Annual statistical returns and brief notes on vaccination in Bengal - 1887-1898
Year: 1887
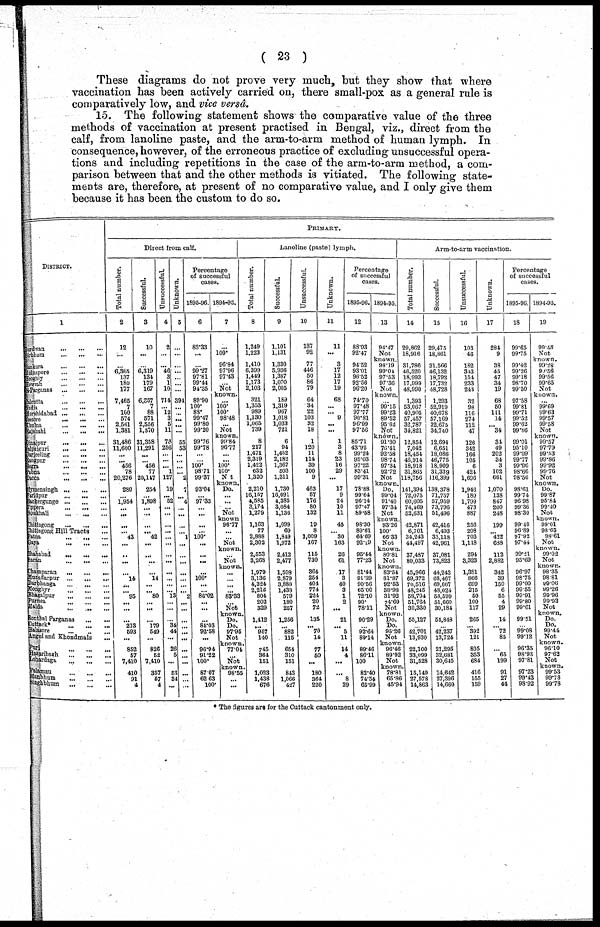
( 23 )
These diagrams do not prove very much, but they show that where
vaccination has been actively carried on, there small-pox as a general rule is
comparatively low, and vice versâ.
15. The following statement shows the comparative value of the three
methods of vaccination at present practised in Bengal, viz., direct from the
calf, from lanoline paste, and the arm-to-arm method of human lymph. In
consequence, however, of the erroneous practice of excluding unsuccessful opera-
tions and including repetitions in the case of the arm-to-arm method, a com-
parison between that and the other methods is vitiated. The following state-
ments are, therefore, at present of no comparative value, and I only give them
because it has been the custom to do so.
DISTRICT.
1
Berdwan
...
...
...
Birbhum
...
...
...
Bankura
...
...
...
Midnapore
...
...
...
Hooghly
...
...
...
Howrah
...
...
...
24-Parganas
...
...
...
Calcutta
...
...
...
Nadia
...
...
...
Murshidabad
...
...
...
Jessore ... ... ...
Khulna
...
...
...
Rajshahi
...
...
...
Dinajpur
...
...
...
Jalpaiguri ... ... ...
Darjeeling
...
...
...
Rangpur
...
...
...
Bogra
...
...
...
Pabna
...
...
...
Dacca
...
...
...
Mymensingh
...
...
...
Faridpur
...
...
...
Backergunge
...
...
...
Tippera
...
...
...
Noakhali
...
...
...
Chittagong
...
...
...
Chittagong Hill Tracts ...
Patna
...
...
...
Gaya
...
...
...
Shahabad
...
...
...
Saran
...
...
...
Champaran
...
...
...
Muzaffarpur
...
...
...
Darbhanga
...
...
...
Monghyr
...
...
...
Bhagalpur
...
...
...
Purnea
...
...
...
Malda
...
...
...
Sonthal Parganas
...
...
Cuttack*
...
...
...
Balasore
...
...
...
Angul and Khondmals ...
Puri ... ... ...
Hazaribagh
...
...
...
Lohardaga
...
...
...
Palamau ... ... ...
Manbhum ... ... ...
Singhbhum
...
...
...
PRIMARY.
Direct from calf.
Total number.
2
12
...
...
6,365
137
180
177
7,465
7
100
574
2,561
1,381
31,486
11,600
...
... 456
78
20,276
280
...
1,954
...
...
...
... 43
...
...
...
...
14
...
...
95
...
...
...
213
593
...
852
57
7,410
410
91
4
Successful.
3
10
...
...
6,319
134
179
167
6,357
7
88
571
2,556
1,370
31,358
11,291
...
... 456
77
20,147
254
...
1,898
...
...
...
...
42
...
...
...
...
14
...
...
80
...
...
...
179
549
...
826
52
7,410
857
57
4
Unsuccessful.
4
2
...
...
46
3
1
10
714
...
12
3
5
11
78
256
...
...
... 1
127
19
... 52
...
...
...
...
...
...
...
...
...
...
...
... 13
...
...
... 34
44
...
26
5
...
53
34
...
Unknown.
5
...
...
...
...
...
...
...
391
...
...
...
...
...
55
53
...
...
... ...
2
7
...
4
...
...
...
...
1
...
...
...
...
...
...
... 2
...
...
...
...
...
...
...
...
...
...
...
...
Percentage
of successful
cases.
1895-96.
6
83.33
...
...
99.27
97.81
99.44
94.35
89.90
100.
88.
99.47
99.80
99.20
99.76
99.78
...
...
100.
98.71
99.37
93.04
...
97.33
...
...
...
...
100.
...
...
...
...
100.
...
...
86.02
...
...
...
84.03
92.58
...
96.94
91.22
100.
87.07
62.63
100.
1894-95.
7
...
100.
96.84
97.96
97.43
...
Not
known.
...
100.
100.
98.48
...
Not
known.
99.84
96.77
...
...
100.
100.
Not
known. Do.
...
...
...
Not
known
96.77
...
...
Not
known.
...
Not
known.
...
...
...
...
83.33
...
Not
known.
Do.
Do.
97.95
Not
known.
77.04
...
Not
known.
98.55
...
...
Lanoline (paste) lymph.
Total number.
8
1,249
1,223
1,410
6,399
1,449
1,173
2,103
321
1,353
989
1,130
1,065
739
8
217
1,471
2,319
1,422
632
1,320
2,210
16,157
4,585
3,174
1,279
1,163
77
2,888
2,302
2,553
3,268
1,979
3,136
4,324
2,215
804
202
329
1,412
... 957
140
745
364
151
1,023
1,438
676
Successful.
9
1,101
1,131
1,330
5,936
1,387
1,070
2,005
189
1,319
967
1,018
1,033
721
6
94
1,492
2,182
1,367
503
1,311
1,730
16,091
4,385
3,084
1,136
1,099
69
1,849
1,972
2,412
2,477
1,598
2,879
3,880
1,438
579
180
257
1,256
...
882
115
654
310
151
843
1,066
427
Unsuccessful.
10
137
92
77
446
50
86
79
64
34
22
103
32
18
1
120
11
114
39
100
9
463
57
176
80
132
19
8
1,009
167
115
730
364
254
404
774
224
20
72
135
...
70
14
77
50
...
180
364
220
Unknown.
11
11
...
3
17
12
17
19
68
...
... 9
...
...
1
3
8
23
16
29
...
17
9
24
10
11
45
... 30
163
26
61
17
3
40
3
1
2
...
21
...
5
11
14
4
...
... 8
29
Percentage
of successful
cases.
1895-96.
12
88.93
92.47
94.52
93.01
96.52
92.56
96.20
74.70
97.48
97.77
90.81
96.99
97.56
85.71
43.92
99.24
95.03
97.22
83.41
99.31
78.88
99.64
96.14
97.47
89.58
98.30
89.61
64.69
92.19
95.44
77.23
81.44
91.89
90.56
65.00
72.10
90.
78.11
90.29
...
92.64
89.14
89.46
86.11
100
82.40
74.54
65.99
1894-95.
13
94.47
Not
known.
98.19
99.04
97.53
97.36
Not
known.
...
99.15
99.23
89.52
95.62
Not
known.
91.30
76.41
92.58
98.74
97.34
92.72
Not
known.
Do.
99.04
91.40
97.34
Not
known.
93.26
100.
66.33
Not
known.
80.81
Not
known.
83.54
81.87
92.53
38.98
31.92
74.69
Not
known.
Do.
Do.
95.26
Not
known.
96.46
89.92
Not
known.
78.81
65.86
45.94
Arm-to-arm vaccination.
Total number.
14
29,862
18,916
31,786
46,520
18,993
17,999
48,990
1,393
53,067
40,905
57,457
32,787
34,821
12,854
7,042
18,454
46,914
18,918
31,865
118,756
141,394
72,075
60,605
74,469
52,631
42,871
6,701
34,243
44,497
37,487
80,033
45,966
69,372
70,516
48,245
58,704
51,764
30,330
55,127
...
42,701
13,930
22,100
33,099
31,528
15,149
27,578
14,863
Successful.
15
29,475
18,861
31,566
46,132
18,792
17,732
48,728
1,293
52,919
40,678
57,169
32,675
34,740
12,694
6,651
18,086
46,775
18,909
31,339
116,399
138,378
71,757
57,959
73,796
51,496
42,416
6,493
33,118
42,961
37,081
73,823
44,243
68,467
69,667
48,024
58,599
51,660
30,184
54,848
...
42,237
13,724
21,295
32,081
30,645
14,642
27,396
14,660
Unsuccessful.
16
103
46
182
343
154
233
243
32
98
116
274
112
47
126
342
166
105
6
424
1,696
1,946
180
1,799
473
887
256
208
703
1,118
294
3,323
1,381
866
699
215
50
100
117
265
...
392
121
805
353
684
416
155
159
Unknown.
17
284
9
38
45
47
34
19
68
50
111
14
...
34
34
49
202
34
3
102
661
1,070
138
847
200
248
199
...
422
688
112
2,882
342
39
160
6
55
4
29
14
... 72
85
... 65
199
91
27
44
Percentage
of succossful
cases.
1895-96.
18
99.65
99.75
99.42
99.26
99.18
98.70
99.50
97.58
99.81
99.71
99.52
99.62
99.86
99.01
95.10
99.09
99.77
99.96
98.66
98.56
98.61
99.74
96.98
99.36
98.30
99.40
96.89
97.92
97.44
99.21
95.69
96.97
98.75
99.00
99.55
99.91
99.80
99.61
99.51
...
99.08
99.12
96.35
98.93
97.81
97.23
99.43
98.92
1894-95.
19
99.48
Not
known.
99.28
99.56
99.56
99.65
Not
known.
...
99.69
99.63
99.57
99.58
Not
known.
99.57
97.79
99.53
99.86
99.92
99.76
Not
known.
Do.
99.87
95.84
99.40
Not
known.
99.01
98.65
98.61
Not
known.
99.03
Not
known.
98.35
98.81
99.06
99.26
99.96
99.93
Not
known.
Do.
Do.
99.44
Not
known.
96.10
97.62
Not
known.
99.53
99.78
99.78
* The figures are for the Cuttack cantonment only.